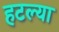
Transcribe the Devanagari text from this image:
हटल्या